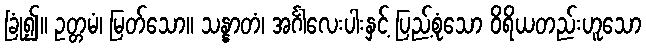
ခြုံ၍။ ဥတ္တမံ၊ မြတ်သော။ သန္နာတံ၊ အင်္ဂါလေးပါးနှင့် ပြည့်စုံသော ဝိရိယတည်းဟူသော